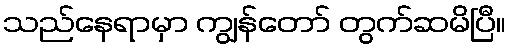
သည်နေရာမှာ ကျွန်တော် တွက်ဆမိပြီ။